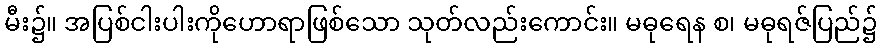
မီး၌။ အပြစ်ငါးပါးကိုဟောရာဖြစ်သော သုတ်လည်းကောင်း။ မဓုရေန စ၊ မဓုရဇ်ပြည်၌